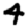
Digit: 4